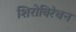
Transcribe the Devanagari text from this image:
शिरोविरेचन